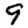
Digit: 9